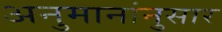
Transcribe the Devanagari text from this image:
अनुमानांनुसार